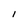
Character: l